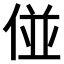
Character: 𠊧